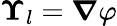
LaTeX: \boldsymbol{\Upsilon}_{l}=\boldsymbol{\nabla}\varphi